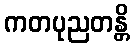
ကတပုညတန္တိ